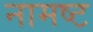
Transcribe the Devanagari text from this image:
नामष्ट